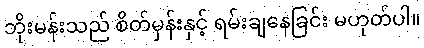
ဘိုးမန်းသည် စိတ်မှန်းနှင့် ရမ်းချနေခြင်း မဟုတ်ပါ။